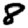
Digit: 8